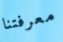
معرفتنا